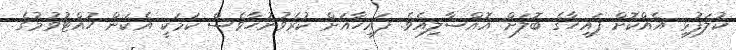
ކުލަފުޅި އެއްކޮށް ފައިހާގެ ބޮލަށް އޮއްސާލިއެވެ. ފައިހާއަށް ކުރެވުނުހާވެސް ކަމަކީ އެކަން ހުއްޓުވުމުގެ